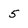
Character: 5